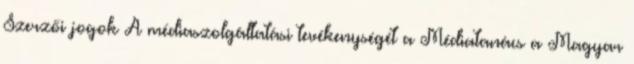
Szerzői jogok A médiaszolgáltatási tevékenységét a Médiatanács a Magyar